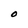
Character: O